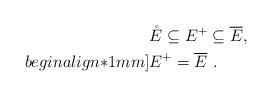
LaTeX: \begin{align*}& \mathring E \subseteq E^+\subseteq\overline{E},\\begin{align*}1mm]& E^+=\overline{E}\,\,.\end{align*}